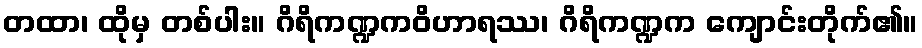
တထာ၊ ထိုမှ တစ်ပါး။ ဂိရိကဏ္ဍကဝိဟာရဿ၊ ဂိရိကဏ္ဍက ကျောင်းတိုက်၏။